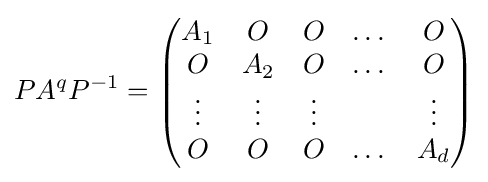
PA^{q}P^{-1}={\begin{pmatrix}A_{1}&O&O&\dots &O\\O&A_{2}&O&\dots &O\\\vdots &\vdots &\vdots &&\vdots \\O&O&O&\dots &A_{d}\\\end{pmatrix}}